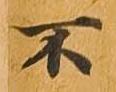
不